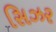
સિઝર